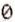
0